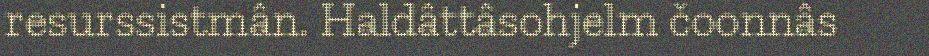
resurssistmân. Haldâttâsohjelm čoonnâs